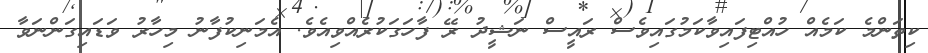
ކިތަންމެ ކަމެއް ހުއްޓިފައިވާކަމުގައިވެސް ރައީސް ނަޝީދު ރޭ ފާހަގަކުރެއްވިއެވެ. އެމަނިކުފާނު މިހާރު ވަޑައިގަންނަވާ